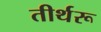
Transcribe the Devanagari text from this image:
तीर्थरू